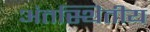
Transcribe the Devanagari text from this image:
अंतस्थितीय